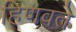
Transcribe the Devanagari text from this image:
हिणवते